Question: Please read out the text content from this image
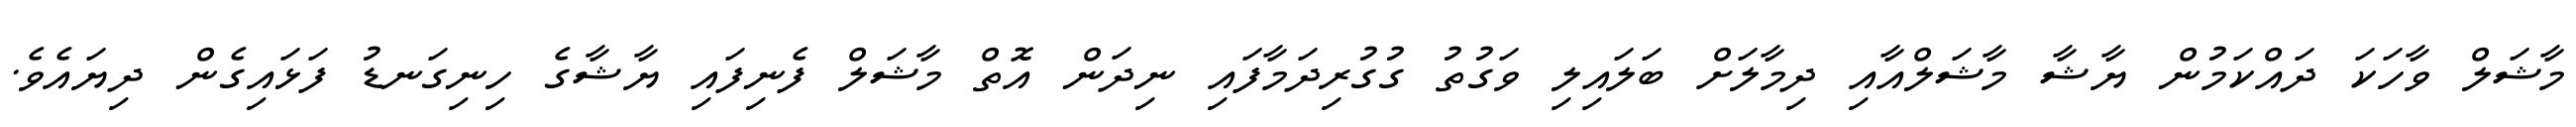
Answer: މާޝަލް ވާހަކަ ދައްކަމުން ޔާޝާ މާޝަލްއާއި ދިމާލަށް ބަލައިލި ވަގުތު ގުގުރިދަމާފައި ނިދަން އޮތް މާޝަލް ފެނިފައި ޔާޝާގެ ހިނިގަނޑު ފަޅައިގެން ދިޔައެވެ.